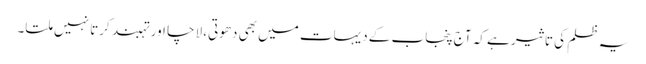
یہ ظلم کی تاثیر ہے کہ آج پنجاب کے دیہات میں بھی دھوتی، لاچا اور تہبند کرتا نہیں ملتا۔